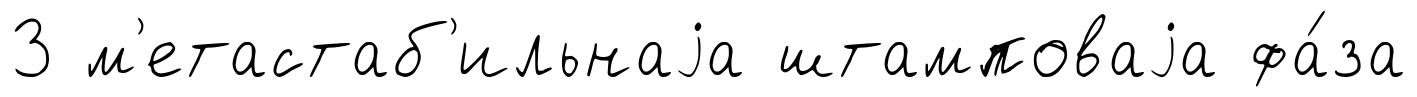
3 м'етастаб'ильнаjа штамповаjа фа́за